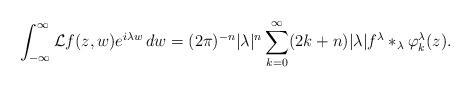
LaTeX: \begin{align*}\int_{-\infty}^{\infty}\mathcal{L}f(z,w)e^{i\lambda w}\,dw=(2\pi)^{-n}|\lambda|^n\sum_{k=0}^{\infty}(2k+n)|\lambda|f^{\lambda}\ast_{\lambda}\varphi_k^{\lambda}(z).\end{align*}